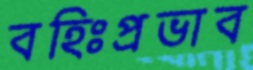
বহিঃপ্রভাব